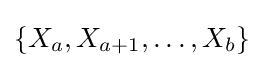
\{X_{a},X_{a+1},\ldots ,X_{b}\}